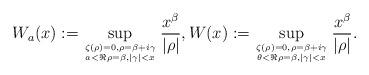
LaTeX: \begin{align*}W_a(x):=\sup_{\zeta(\rho)=0, \rho=\beta+i\gamma \atop a<\Re \rho=\beta, |\gamma|<x} \frac{x^\beta}{|\rho|} , W(x):= \sup_{\zeta(\rho)=0, \rho=\beta+i\gamma \atop \theta<\Re \rho=\beta, |\gamma|<x} \frac{x^\beta}{|\rho|}.\end{align*}